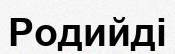
Родийді